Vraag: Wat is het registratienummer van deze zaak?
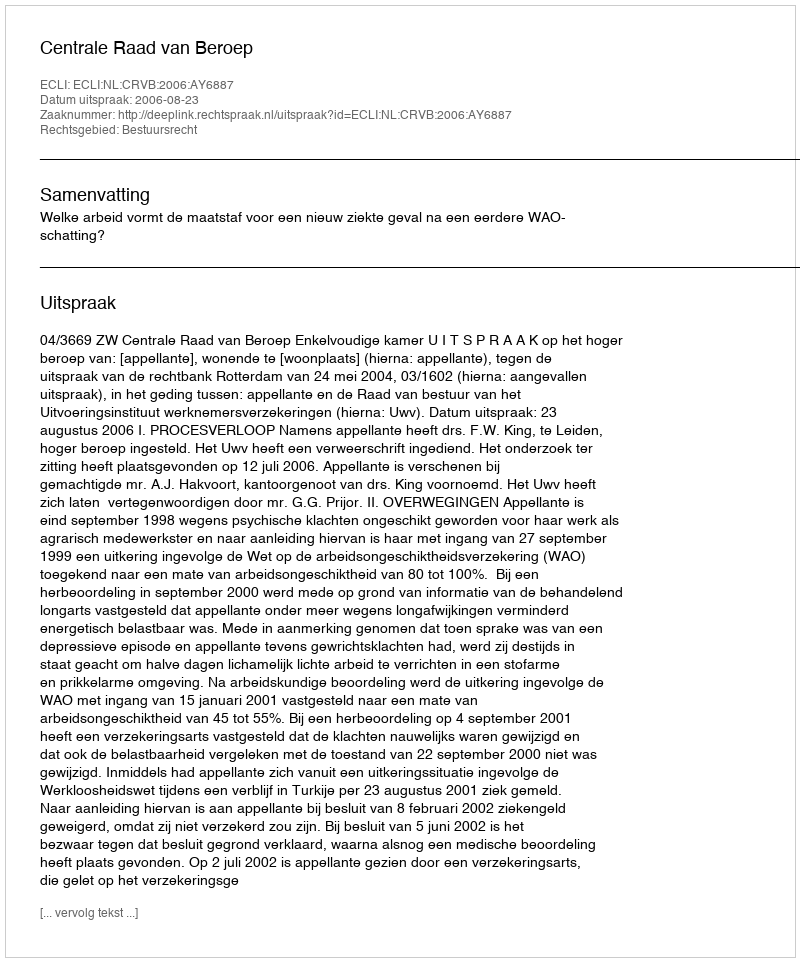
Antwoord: http://deeplink.rechtspraak.nl/uitspraak?id=ECLI:NL:CRVB:2006:AY6887